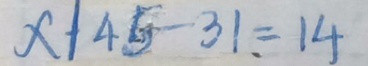
x \vert 4 5 - 3 1 = 1 4